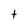
Character: t